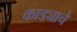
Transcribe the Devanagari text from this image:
काड्याचे